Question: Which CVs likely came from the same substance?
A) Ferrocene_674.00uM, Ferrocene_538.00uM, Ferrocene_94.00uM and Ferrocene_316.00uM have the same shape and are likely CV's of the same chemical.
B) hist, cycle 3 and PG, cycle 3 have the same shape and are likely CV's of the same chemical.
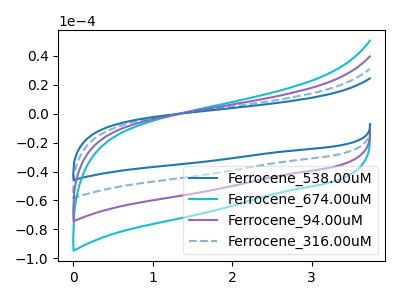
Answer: <think>The blue curve "Ferrocene_538.00uM" has no peaks. The cyan curve "Ferrocene_674.00uM" has no peaks. The purple curve "Ferrocene_94.00uM" has no peaks. The blue dashed curve "Ferrocene_316.00uM" has no peaks.
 Neither "Ferrocene_538.00uM" or "Ferrocene_674.00uM" have any peaks. Neither "Ferrocene_538.00uM" or "Ferrocene_94.00uM" have any peaks. Neither "Ferrocene_538.00uM" or "Ferrocene_316.00uM" have any peaks. Neither "Ferrocene_674.00uM" or "Ferrocene_94.00uM" have any peaks. Neither "Ferrocene_674.00uM" or "Ferrocene_316.00uM" have any peaks. Neither "Ferrocene_94.00uM" or "Ferrocene_316.00uM" have any peaks.</think>
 <answer>A) "Ferrocene_674.00uM", "Ferrocene_538.00uM", "Ferrocene_94.00uM" and "Ferrocene_316.00uM" have the same shape and are likely CV's of the same chemical.</answer>
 <eval>A</eval>